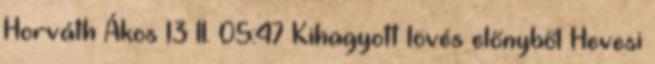
Horváth Ákos 13 II. 05:47 Kihagyott lövés előnyből Hevesi